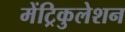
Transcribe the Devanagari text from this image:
मेंट्रिकुलेशन